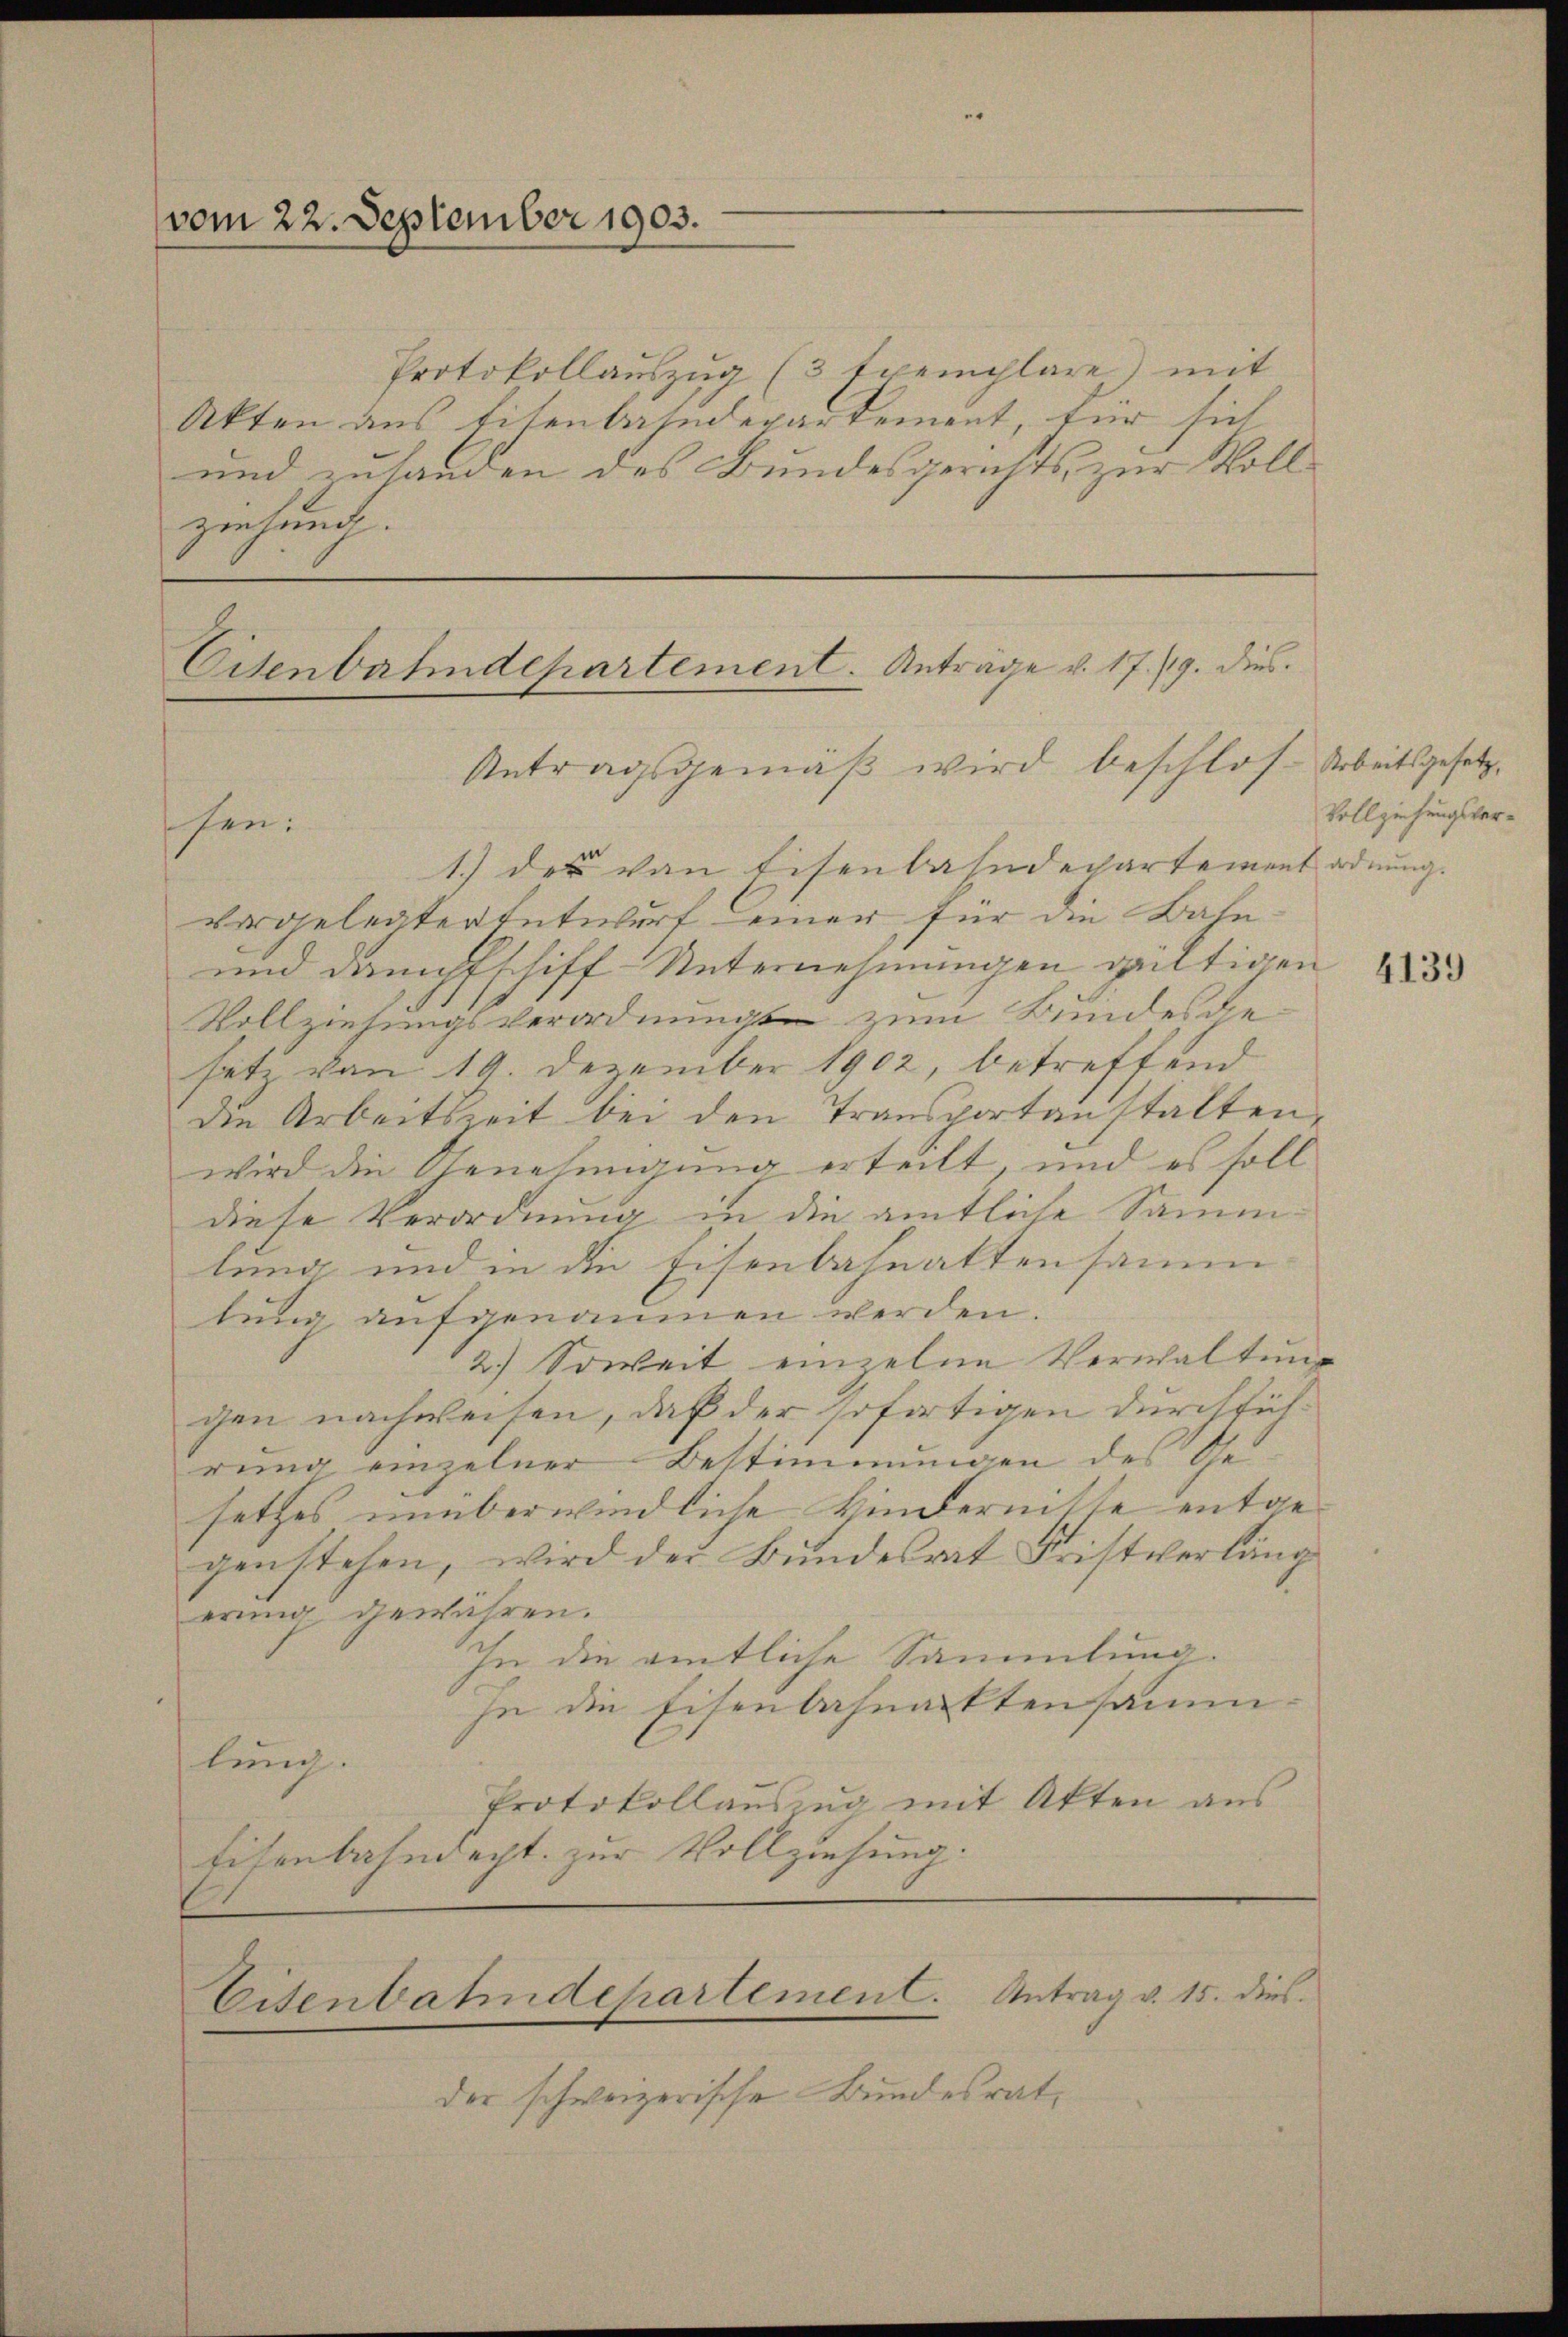
vom 22. September 1903.

Protokollauszug (3 Exemplare) mit
Akten aus Eisenbahndepartement, für sich
und zulanden des Bundesgerichts zur Vollziehung.

Eisenbahndepartement. Antrage v. 17./9. dies
Antragsgemäß wird beschlos- Arbeitsgesetz¬

hen:
1.) des von Eisenbahndepartement ordnung.
vergelegter Entwurf einer für die Bahn
und Dampfschiff-Unternehmungen gantigen
Vollziehungsverordnungs zum Bundesgesetz von 19. Dezember 1902, betreffend
die Arbeitszeit bei den Transportanstalten,
wird die Genehmigung erteilt, und es soll
diese Verordnung in die amtliche Samm
lung und in die Eisenbahnattensamm
tung aufgenommen werden.
2.) Soweit einzelne Verwaltung
gen nachweisen, daß der sofortigen durchführung einzelner Bestimmungen des Gesetzes unüberwindliche Hindernitte entgegenstehen, wird der Bŭndesrat Fristverläng
erung gewähren.
In die amtliche Sammlung.
In die Eisenbahnacktensammlung.
Protokollauszug mit Akten aus
Eisenbahndacht zur Vollziehung.

der schweizerische Bundesrat,

Eisenbahndepartement. Antrag v. 15. dies

Vollziehungsver¬

4139